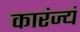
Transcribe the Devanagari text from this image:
कारंज्यं